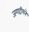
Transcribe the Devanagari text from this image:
जगदीशने